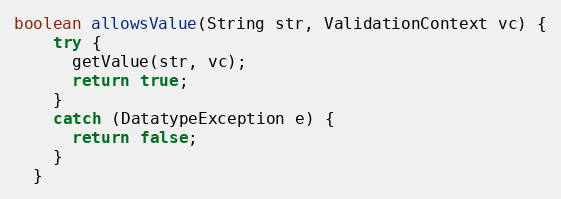
Language: Java
boolean allowsValue(String str, ValidationContext vc) {
    try {
      getValue(str, vc);
      return true;
    }
    catch (DatatypeException e) {
      return false;
    }
  }